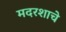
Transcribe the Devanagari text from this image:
मदरशाचे